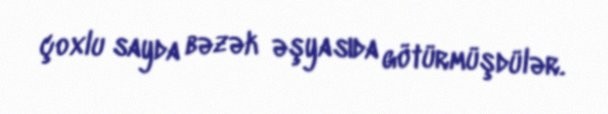
çoxlu sayda bəzək əşyasıda götürmüşdülər.